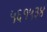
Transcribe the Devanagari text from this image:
५६१५३४